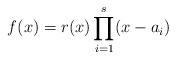
LaTeX: \begin{align*} f(x)=r(x)\prod_{i=1}^{s}(x-a_i)\end{align*}